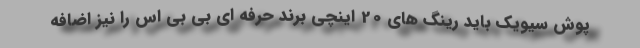
پوش سیویک باید رینگ های 20 اینچی برند حرفه ای بی بی اس را نیز اضافه